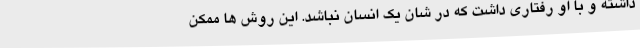
داشته و با او رفتاری داشت که در شان یک انسان نباشد. این روش ها ممکن